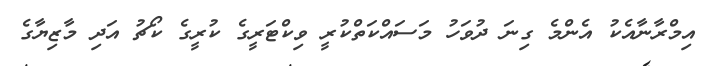
އިމްރާނާއެކު އެންމެ ގިނަ ދުވަހު މަސައްކަތްކުރީ ވިކްޓަރީގެ ކުރީގެ ކޯޗު އަދި މާޒިޔާގެ